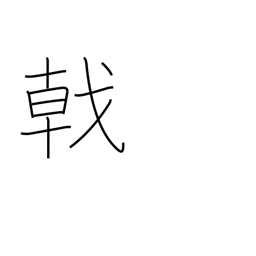
Meaning: halbert